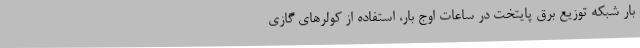
بار شبکه توزیع برق پایتخت در ساعات اوج بار، استفاده از کولرهای گازی